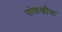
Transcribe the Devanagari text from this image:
गोफणीचा